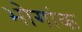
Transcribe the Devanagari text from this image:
भोगांक